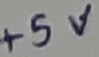
Text: +5V